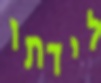
לידתו